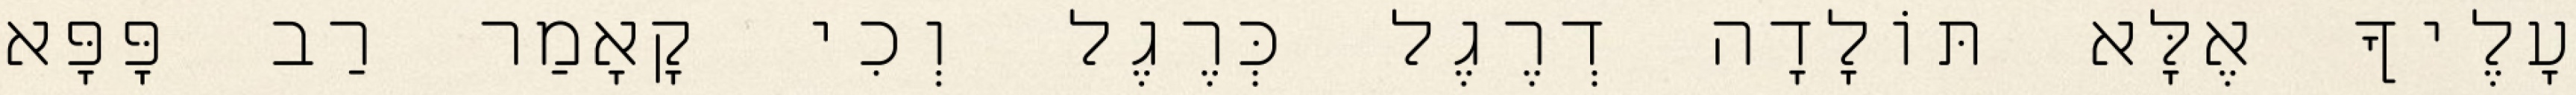
עָלֶיךָ אֶלָּא תּוֹלָדָה דְרֶגֶל כְּרֶגֶל וְכִי קָאָמַר רַב פָּפָּא